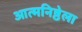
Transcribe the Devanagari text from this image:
आत्मनिष्ठेला